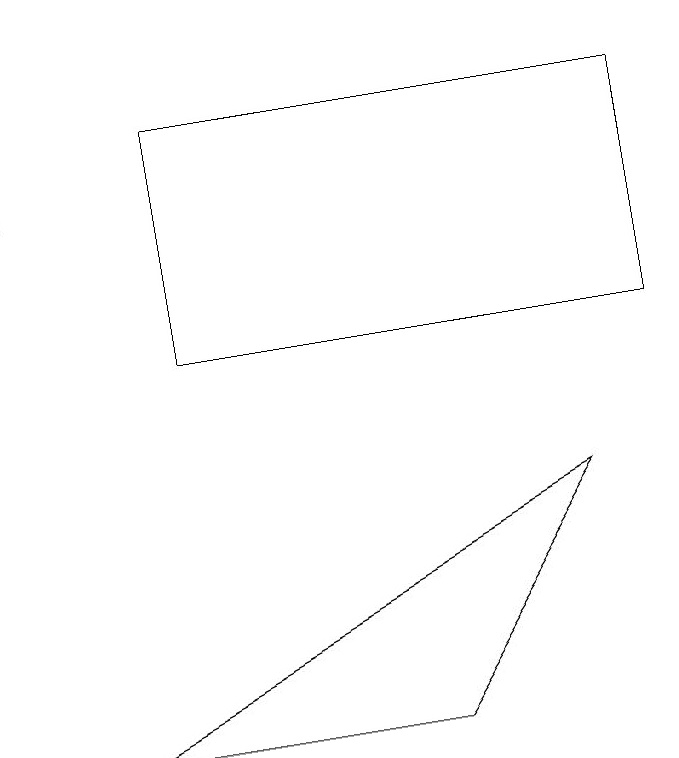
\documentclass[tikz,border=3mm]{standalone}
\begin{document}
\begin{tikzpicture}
\draw (1,15) rectangle (1,13);
\draw (3,11) rectangle (9,14);
\draw (8,9) -- (2,6) -- (6,6) -- cycle;
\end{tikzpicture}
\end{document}